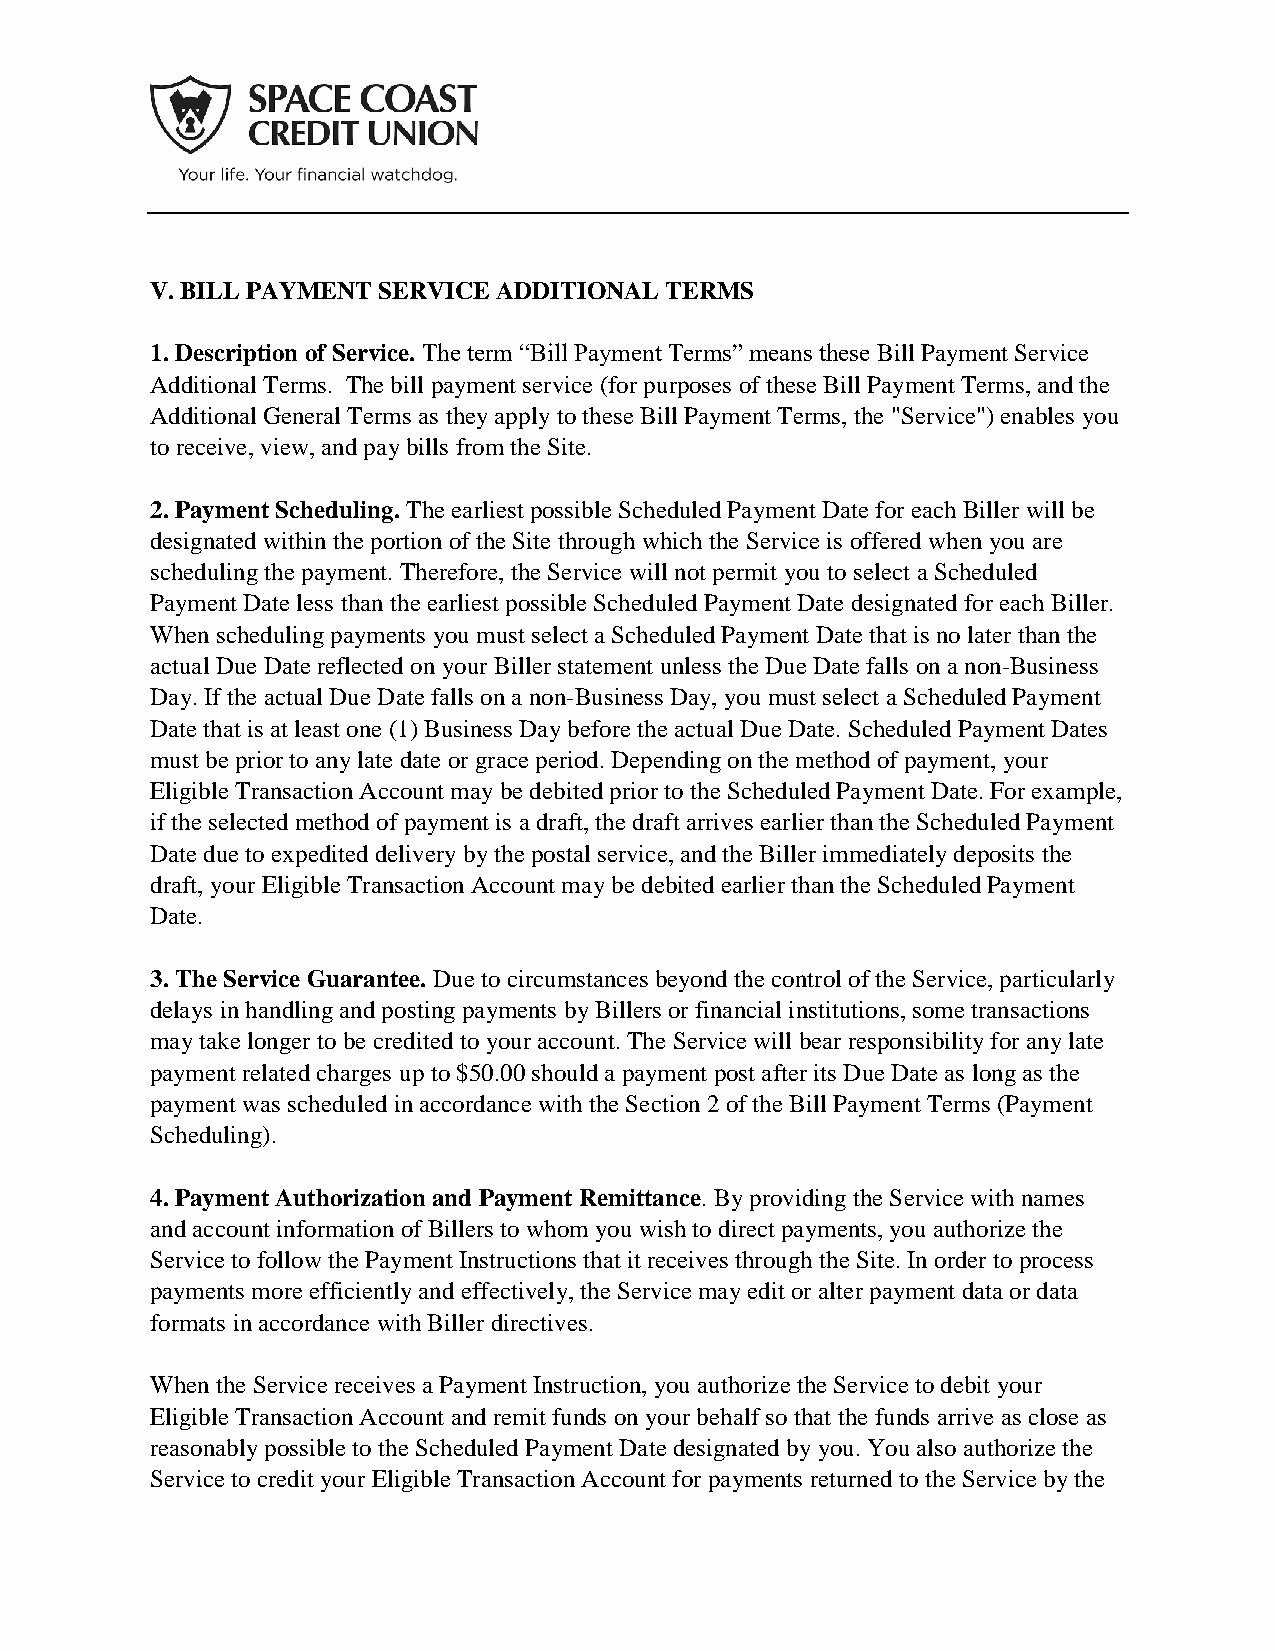
V. BILL PAYMENT SERVICE ADDITIONAL TERMS
 1. Description of Service. The term “Bill Payment Terms” means these Bill Payment Service
 Additional Terms. The bill payment service (for purposes of these Bill Payment Terms, and the
 Additional General Terms as they apply to these Bill Payment Terms, the "Service") enables you
 to receive, view, and pay bills from the Site.
 2. Payment Scheduling. The earliest possible Scheduled Payment Date for each Biller will be
 designated within the portion of the Site through which the Service is offered when you are
 scheduling the payment. Therefore, the Service will not permit you to select a Scheduled
 Payment Date less than the earliest possible Scheduled Payment Date designated for each Biller.
 When scheduling payments you must select a Scheduled Payment Date that is no later than the
 actual Due Date reflected on your Biller statement unless the Due Date falls on a non-Business
 Day. If the actual Due Date falls on a non-Business Day, you must select a Scheduled Payment
 Date that is at least one (1) Business Day before the actual Due Date. Scheduled Payment Dates
 must be prior to any late date or grace period. Depending on the method of payment, your
 Eligible Transaction Account may be debited prior to the Scheduled Payment Date. For example,
 if the selected method of payment is a draft, the draft arrives earlier than the Scheduled Payment
 Date due to expedited delivery by the postal service, and the Biller immediately deposits the
 draft, your Eligible Transaction Account may be debited earlier than the Scheduled Payment
 Date.
 3. The Service Guarantee. Due to circumstances beyond the control of the Service, particularly
 delays in handling and posting payments by Billers or financial institutions, some transactions
 may take longer to be credited to your account. The Service will bear responsibility for any late
 payment related charges up to $50.00 should a payment post after its Due Date as long as the
 payment was scheduled in accordance with the Section 2 of the Bill Payment Terms (Payment
 Scheduling).
 4. Payment Authorization and Payment Remittance. By providing the Service with names
 and account information of Billers to whom you wish to direct payments, you authorize the
 Service to follow the Payment Instructions that it receives through the Site. In order to process
 payments more efficiently and effectively, the Service may edit or alter payment data or data
 formats in accordance with Biller directives.
 When the Service receives a Payment Instruction, you authorize the Service to debit your
 Eligible Transaction Account and remit funds on your behalf so that the funds arrive as close as
 reasonably possible to the Scheduled Payment Date designated by you. You also authorize the
 Service to credit your Eligible Transaction Account for payments returned to the Service by the